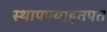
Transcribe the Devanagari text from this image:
स्थापण्याइतपत